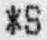
*S